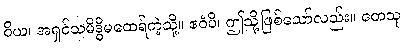
ဝိယ၊ အရှင်သမိဒ္ဓိမထေရ်ကဲ့သို့။ ဧဝံပိ၊ ဤသို့ဖြစ်သော်လည်း။ တေသု